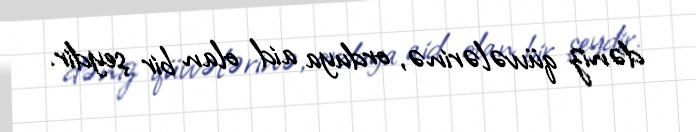
dəniz qüvvələrinə, orduya aid olan bir şeydir.